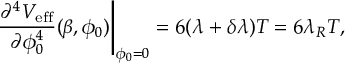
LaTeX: \left. \frac { \partial ^ { 4 } V _ { \mathrm { e f f } } } { \partial \phi _ { 0 } ^ { 4 } } ( \beta , \phi _ { 0 } ) \right| _ { \phi _ { 0 } = 0 } = 6 ( \lambda + \delta \lambda ) T = 6 \lambda _ { R } T ,